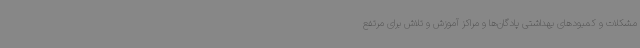
مشکلات و کمبودهای بهداشتی پادگان‌ها و مراکز آموزش و تلاش برای مرتفع